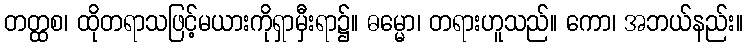
တတ္ထစ၊ ထိုတရာသဖြင့်မယားကိုရှာမှီးရာ၌။ ဓမ္မော၊ တရားဟူသည်။ ကော၊ အဘယ်နည်း။